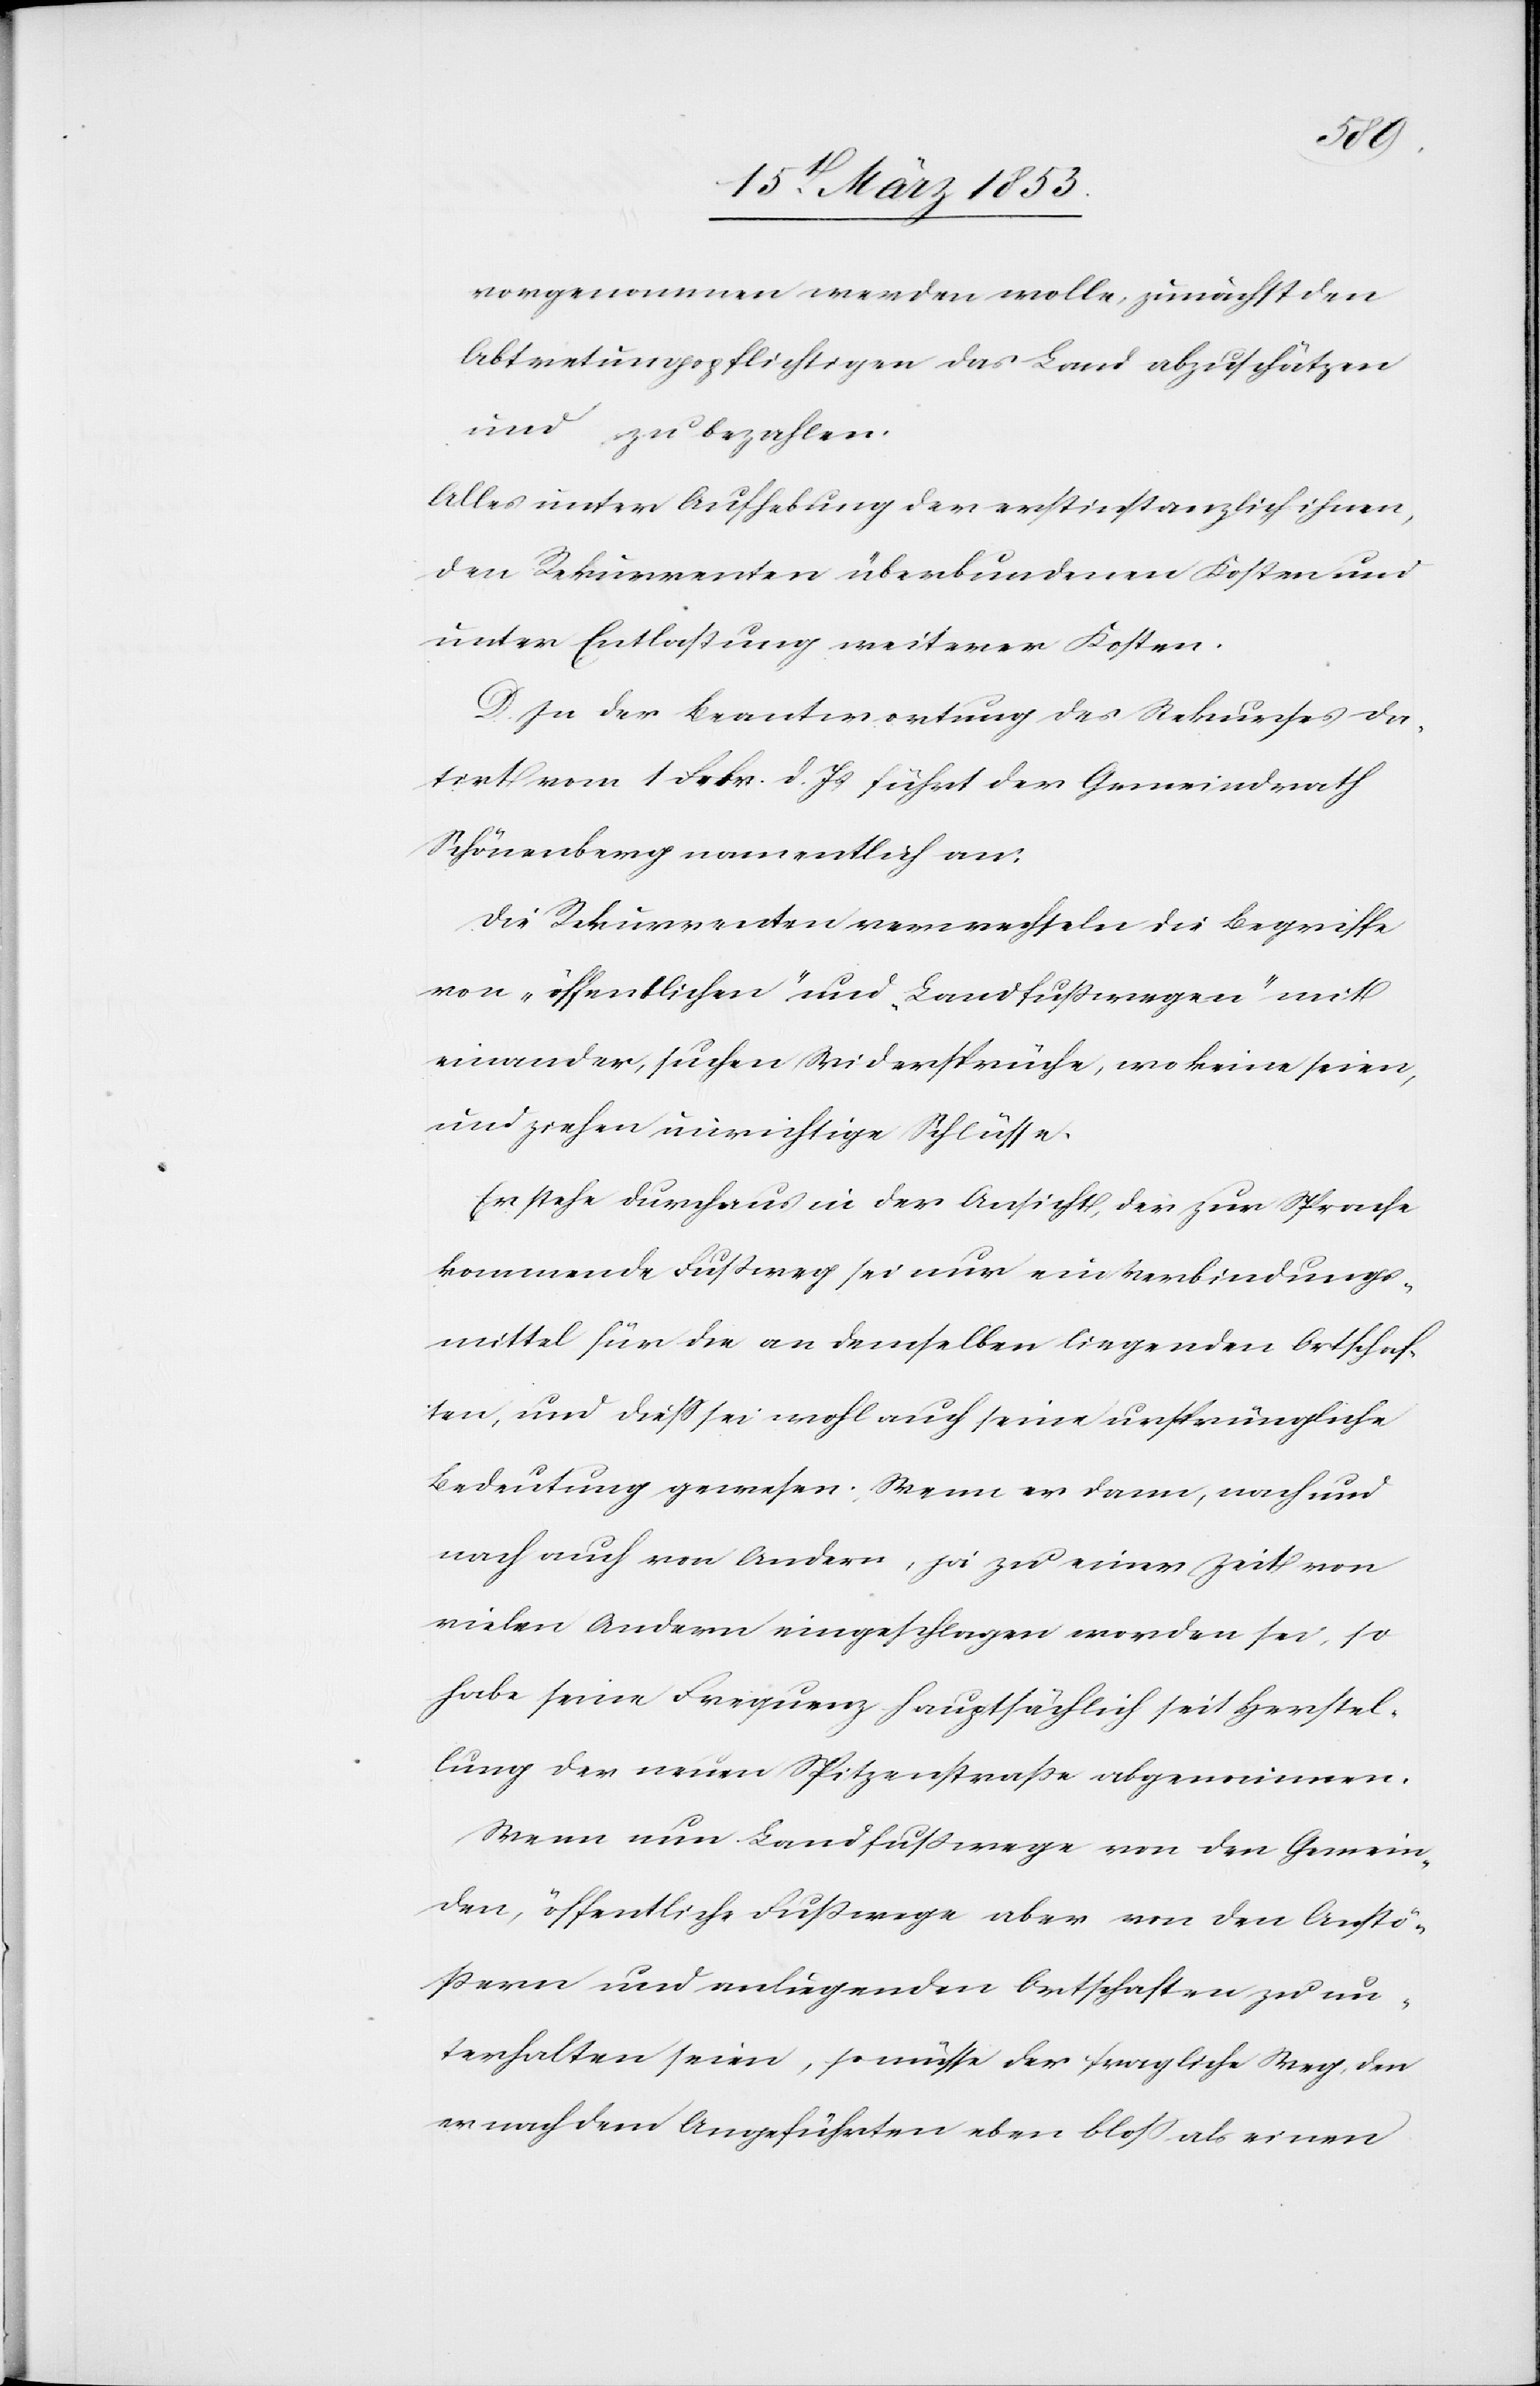
vorgenommen werden wolle, zunächst den
Abtretungspflichtigen das Land abzuschätzen
und zu bezahlen.
Alles unter Aufhebung der erstinstanzlich ihnen,
den Rekurrenten überbundenen Kosten und
unter Entlaßung weiterer Kosten.
In der Beantwortung des Rekurses da¬
tirt vom 1. Febr. d. Js. führt der Gemeindrath
Schönenberg namentlich an:
Die Rekurrenten verwechseln die Begriffe
von „öffentlichen“ und „Landfußwegen“ mit
einander, suchen Widersprüche, wo keine seien,
und ziehen unrichtige Schlüsse.
Er stehe durchaus in der Ansicht, der zur Sprache
kommende Fußweg sei nur ein Verbindungs¬
mittel für die an demselben liegenden Ortschaf¬
ten, und dieß sei wohl auch seine ursprüngliche
Bedeutung gewesen. Wenn er dann, nach und
nach auch von Andern, ja zu einer Zeit von
vielen Andern eingeschlagen worden sei, so
habe seine Frequenz hauptsächlich seit Herstel¬
lung der neuen Spitzenstraße abgenommen.
Wenn nun Landfußwege von den Gemein¬
den, öffentliche Fußwege aber von den Anstö¬
ßern und anliegenden Ortschaften zu un¬
terhalten seien, so müsse der fragliche Weg den
er nach dem Angeführten eben bloß als einen